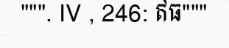
""". IV , 246: ឥធ"""